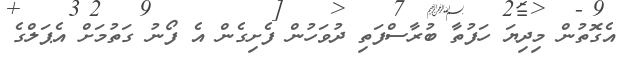
އެގޮތުން މިދިޔަ ހަފުތާ ބުރާސްފަތި ދުވަހުން ފެށިގެން އެ ފޯނު ގަތުމަށް އެޕަލްގެ